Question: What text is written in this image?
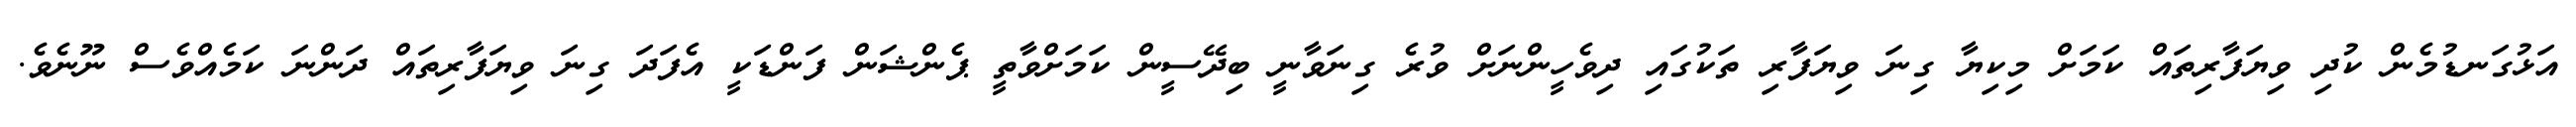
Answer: އަޅުގަނޑުމެން ކުދި ވިޔަފާރިތައް ކަމަށް މިކިޔާ ގިނަ ވިޔަފާރި ތަކުގައި ދިވެހީންނަށް ވުރެ ގިނަވާނީ ބިދޭސީން ކަމަށްވާތީ ޕެންޝަން ފަންޑަކީ އެފަދަ ގިނަ ވިޔަފާރިތައް ދަންނަ ކަމެއްވެސް ނޫނެވެ.